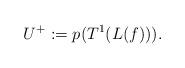
LaTeX: \begin{align*}&U^+:=p(T^1(L(f))).\end{align*}